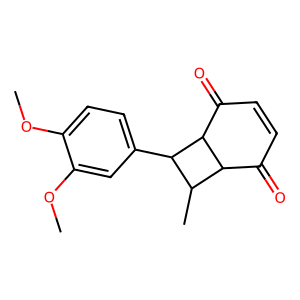
SMILES: COc1ccc(C2C(C)C3C(=O)C=CC(=O)C32)cc1OC
Inhibits HIV replication: No